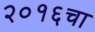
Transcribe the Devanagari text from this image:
२०१६चा